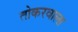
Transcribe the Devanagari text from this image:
तोकरवाला